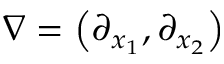
\nabla = \left( \partial _ { x _ { 1 } } , \partial _ { x _ { 2 } } \right)